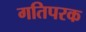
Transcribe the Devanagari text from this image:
गतिपरक